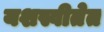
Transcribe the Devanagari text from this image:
यशस्वीतेत